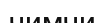
чимчи